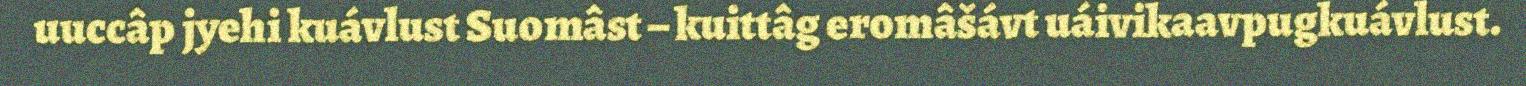
uuccâp jyehi kuávlust Suomâst – kuittâg eromâšávt uáivikaavpugkuávlust.